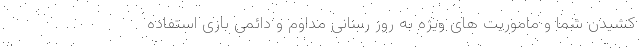
کشیدن شما و ماموریت های ویژه به روز رسانی مداوم و دائمی بازی استفاده